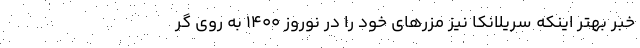
خبر بهتر اینکه سریلانکا نیز مزرهای خود را در نوروز 1400 به روی گر